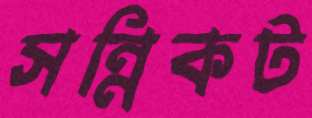
সন্নিকট